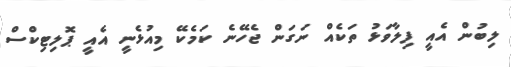
ލިބުން އެއީ ފިލާވަޅު ތަކެއް ނަގަން ޖެހޭނެ ކަމެކޭ މިއުޅެނީ އެއީ ޕޮލިޓިކްސް